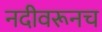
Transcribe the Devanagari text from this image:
नदीवरूनच